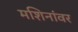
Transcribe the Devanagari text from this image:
मशिनांवर